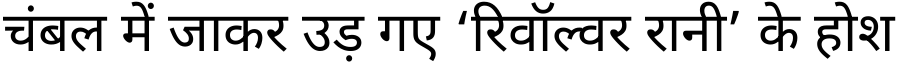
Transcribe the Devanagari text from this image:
चंबल में जाकर उड़ गए ‘रिवॉल्वर रानी’ के होश